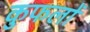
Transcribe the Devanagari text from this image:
कुफलों